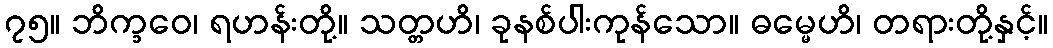
၇၅။ ဘိက္ခဝေ၊ ရဟန်းတို့။ သတ္တဟိ၊ ခုနစ်ပါးကုန်သော။ ဓမ္မေဟိ၊ တရားတို့နှင့်။